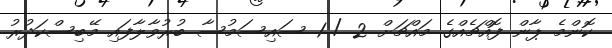
ކޮންމެ ޕާން ފޮއްޗެއްގެ މައްޗަށް 2 / 1 ސައިސަމުސާ ބުރުވާލާފައި މޭބިސްކަދުރު